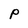
Character: P